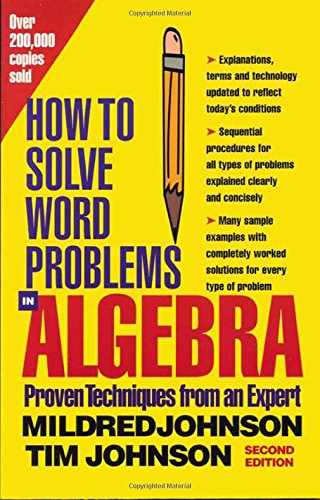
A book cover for How to Solve Word Problems in Algebra, (Proven Techniques from an Expert); Mildred Johnson; Science & Math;